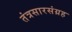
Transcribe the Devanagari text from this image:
तंत्रसारसंग्रह